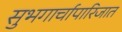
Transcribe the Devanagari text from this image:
सुभगार्चापारिजात